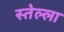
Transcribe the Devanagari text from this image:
स्तेल्ला